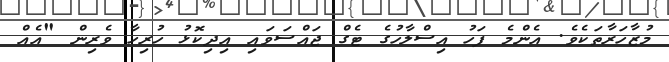
މުޒާހަރާތަކެެވެ. އެންމެ ފަހު އިސްލާހުގެ ޓެގް ޖައްސަވައި އިދިކޮޅު ހުރިހާ ވެރިން "އެއް